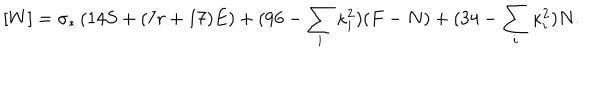
[ W ] = \sigma _ { * } \left( 1 4 S + ( 7 r + 1 7 ) E \right) + ( 9 6 - \sum _ { i } \kappa _ { i } ^ { 2 } ) ( F - N ) + ( 3 4 - \sum _ { i } \kappa _ { i } ^ { 2 } ) N .